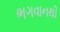
ભગવાનથી